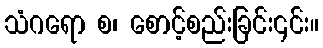
သံဂရော စ၊ စောင့်စည်းခြင်း၎င်း။